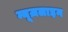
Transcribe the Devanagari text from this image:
न्यूज़लाइन